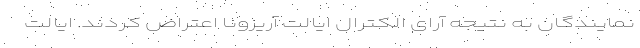
نمایندگان به نتیجه آرای الکترال ایالت آریزونا اعتراض کردند. ایالت